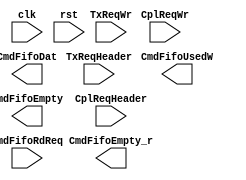
// tlp_txcmd_fifo.v --- 
// 
// Description: 
// Maintainer: 
// Version: 
// Last-Updated: 
//           By: 
//     Update #: 0
// URL: 
// Keywords: 
// Compatibility: 
// 
// 

// Commentary: 
// 
// 
// 
// 

// Change log:
// 
// 
// 

// -------------------------------------
// Naming Conventions:
// 	active low signals                 : "*_n"
// 	clock signals                      : "clk", "clk_div#", "clk_#x"
// 	reset signals                      : "rst", "rst_n"
// 	generics                           : "C_*"
// 	user defined types                 : "*_TYPE"
// 	state machine next state           : "*_ns"
// 	state machine current state        : "*_cs"
// 	combinatorial signals              : "*_com"
// 	pipelined or register delay signals: "*_d#"
// 	counter signals                    : "*cnt*"
// 	clock enable signals               : "*_ce"
// 	internal version of output port    : "*_i"
// 	device pins                        : "*_pin"
// 	ports                              : - Names begin with Uppercase
// Code:
module tlp_txcmd_fifo (/*AUTOARG*/
   // Outputs
   CmdFifoUsedW, CmdFifoEmpty, CmdFifoEmpty_r,
   // Inputs
   clk, rst, TxReqHeader, TxReqWr, CplReqHeader, CplReqWr,
   CmdFifoRdReq, CmdFifoDat
   );
   input clk;
   input rst;

   input [98:0] TxReqHeader;
   input        TxReqWr;

   input [98:0] CplReqHeader;
   input 	CplReqWr;
   
   output [3:0] CmdFifoUsedW;
   output 	CmdFifoEmpty;
   output 	CmdFifoEmpty_r;

   input 	CmdFifoRdReq;
   output [98:0] CmdFifoDat;
   
endmodule
// 
// tlp_txcmd_fifo.v ends here